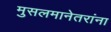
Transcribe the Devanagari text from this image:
मुसलमानेतरांना